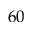
6 0